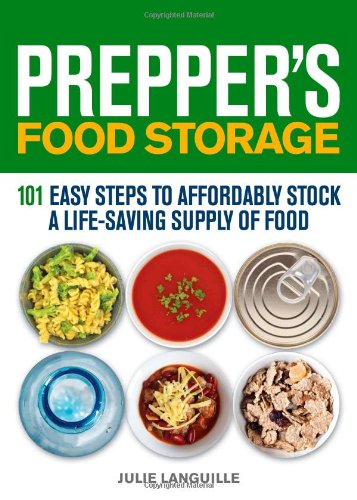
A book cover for Prepper's Food Storage: 101 Easy Steps to Affordably Stock a Life-Saving Supply of Food; Julie Languille; Cookbooks, Food & Wine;